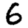
Digit: 6